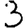
Digit: 3